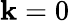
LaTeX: \mathbf{k}=0